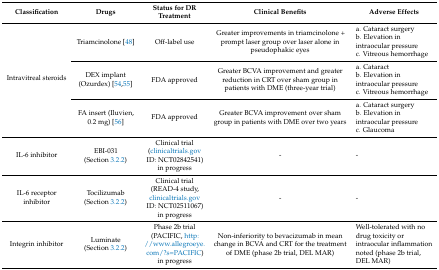
| Classification | Drugs | Status for DR Treatment | Clinical Benefits | Adverse Effects |
 | --- | --- | --- | --- | --- |
 | <ROWSPAN=3> Intravitreal steroids | Triamcinolone [48] | Off-label use | Greater improvements in triamcinolone + prompt laser group over laser alone in pseudophakic eyes | a. Cataract surgeryb. Elevation in intraocular pressurec. Vitreous hemorrhage |
 | DEX implant (Ozurdex) [54,55] | FDA approved | Greater BCVA improvement and greater reduction in CRT over sham group in patients with DME (three-year trial) | a. Cataractb. Elevation in intraocular pressurec. Vitreous hemorrhage |
 | FA insert (Iluvien, 0.2 mg) [56] | FDA approved | Greater BCVA improvement over sham group in patients with DME over two years | a. Cataract surgeryb. Elevation in intraocular pressurec. Glaucoma |
 | IL-6 inhibitor | EBI-031 (Section 3.2.2) | Clinical trial (clinicaltrials.gov ID: NCT02842541) in progress | - | - |
 | IL-6 receptor inhibitor | Tocilizumab (Section 3.2.2) | Clinical trial (READ-4 study, clinicaltrials.gov ID: NCT02511067) in progress | - | - |
 | Integrin inhibitor | Luminate (Section 3.2.2) | Phase 2b trial (PACIFIC, http://www.allegroeye.com/?s=PACIFIC) in progress | Non-inferiority to bevacizumab in mean change in BCVA and CRT for the treatment of DME (phase 2b trial, DEL MAR) | Well-tolerated with no drug toxicity or intraocular inflammation noted (phase 2b trial, DEL MAR) |